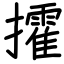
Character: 攉